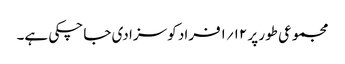
مجموعی طور پر ۱۲؍۱فراد کو سزا دی جا چکی ہے۔